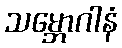
သမ္ဘောဂါနံ